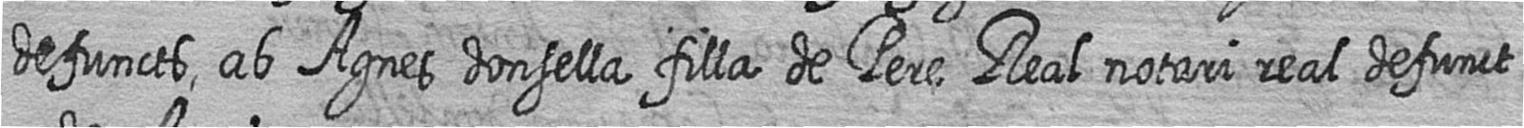
defuncts ab Agnes donsella filla de Pere Real notari real defunct